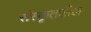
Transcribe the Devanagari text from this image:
संस्कृततील